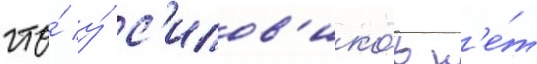
что́ у́ с'илов'ико́в н'е́т